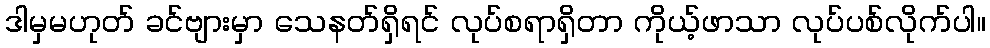
ဒါမှမဟုတ် ခင်ဗျားမှာ သေနတ်ရှိရင် လုပ်စရာရှိတာ ကိုယ့်ဖာသာ လုပ်ပစ်လိုက်ပါ။